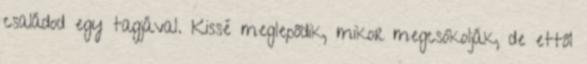
családod egy tagjával. Kissé meglepődik, mikor megcsókolják, de ettől